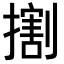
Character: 𢵷